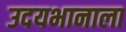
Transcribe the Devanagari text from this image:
उदयभानाला